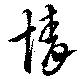
情